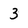
Character: 3